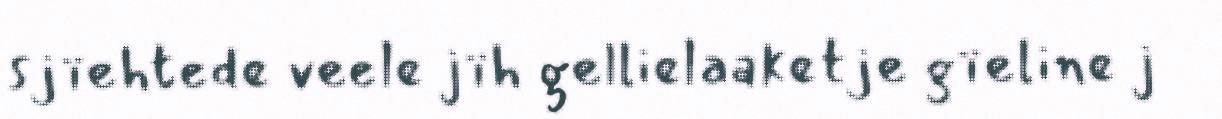
sjïehtede veele jïh gellielaaketje gïeline j